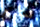
تشبع